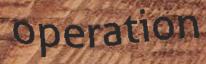
operation